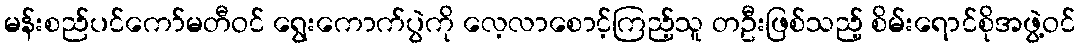
မန်းစည်ပင်ကော်မတီဝင် ရွေးကောက်ပွဲကို လေ့လာစောင့်ကြည့်သူ တဦးဖြစ်သည့် စိမ်းရောင်စိုအဖွဲ့ဝင်